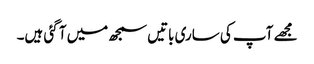
مجھے آپ کی ساری باتیں سمجھ میں آ گئی ہیں۔